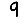
Digit: 9